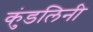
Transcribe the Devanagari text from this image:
कुंडलिनी